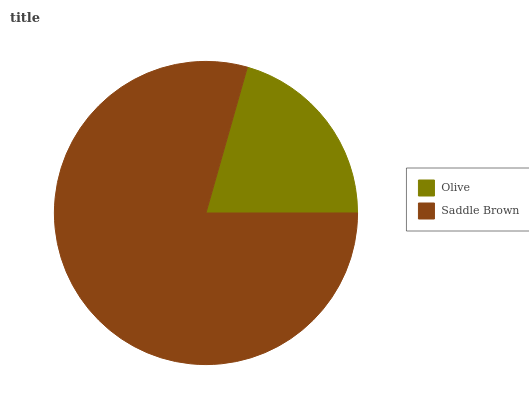
| Olive | Saddle Brown |
 | --- | --- |
 | 20.5% | 79.5% |